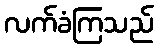
လက်ခံကြသည်